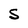
Character: S